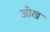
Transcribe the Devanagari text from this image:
जोख